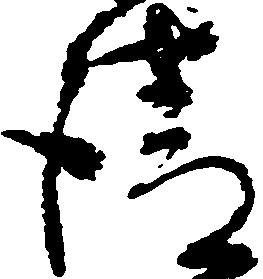
請